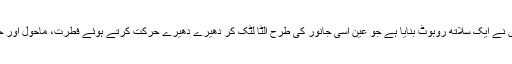
اب اس سے متاثر ہوکر سائنسدانوں نے ایک سلاتھ روبوٹ بنایا ہے جو عین اسی جانور کی طرح الٹا لٹک کر دھیرے دھیرے حرکت کرتے ہوئے فطرت، ماحول اور جنگلی حیات کا احوال لیتا رہتا ہے۔